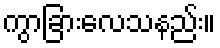
ကွာခြားလေသနည်း။